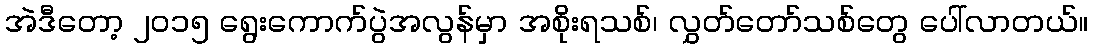
အဲဒီတော့ ၂၀၁၅ ရွေးကောက်ပွဲအလွန်မှာ အစိုးရသစ်၊ လွှတ်တော်သစ်တွေ ပေါ်လာတယ်။